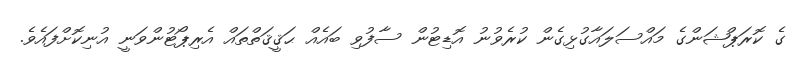
ގެ ކޮރަޕްޝަންގެ މައްސަލައާގުޅިގެން ކުރެވުނު އޮޑިޓުން ސާފުވި ބައެއް ޙަޤީޤަތްތައް އެރިޕޯޓުންވަނީ އުނިކޮށްފައެވެ.